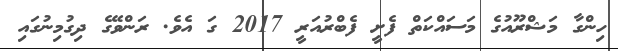
ހިންގާ މަޝްރޫއުގެ މަސައްކަތް ފެށީ ފެބްރުއަރީ 2017 ގަ އެވެ. ރަންވޭގެ ދިގުމިނުގައި